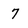
Character: 7